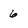
Character: 6